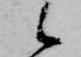
候